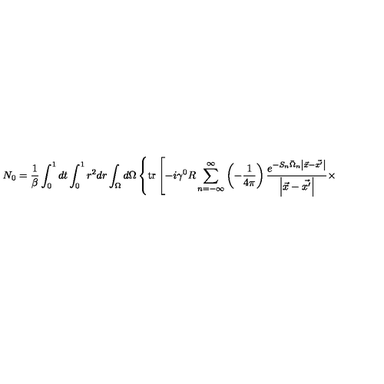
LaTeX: N _ { 0 } = \frac 1 { \beta } \int _ { 0 } ^ { 1 } d t \int _ { 0 } ^ { 1 } r ^ { 2 } d r \int _ { \Omega } d \Omega \left\{ \mathrm { t r } \left[ - i \gamma ^ { 0 } R \sum _ { n = - \infty } ^ { \infty } \left( - \frac 1 { 4 \pi } \right) \frac { e ^ { - S _ { n } \bar { \Omega } _ { n } \left| \vec { x } - \vec { x ^ { \prime } } \right| } } { \left| \vec { x } - \vec { x ^ { \prime } } \right| } \times \right. \right.